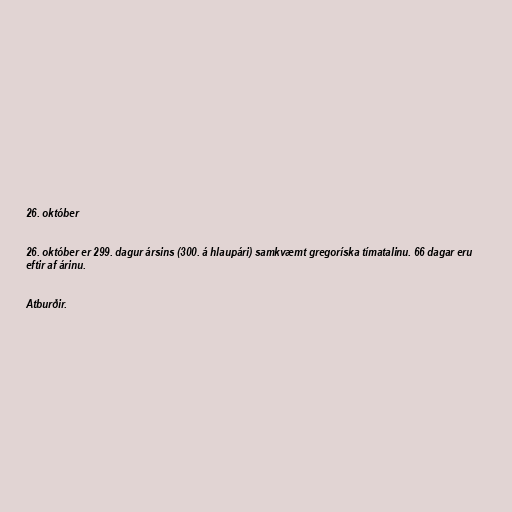
26. október

26. október er 299. dagur ársins (300. á hlaupári) samkvæmt gregoríska tímatalinu. 66 dagar eru
eftir af árinu.

Atburðir.